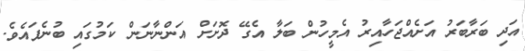
އަދި ބަރާބަރު އަށެއްޖަހާއިރު އެމީހުން ބަލާ އެގޭ ދޮށަށް އަންނާނަން ކަމުގައި ބުނެފައެވެ.